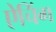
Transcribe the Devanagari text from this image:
ऐचिंग